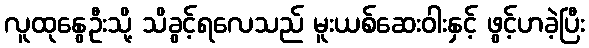
လူထုနွေဦးသို့ သိခွင့်ရလေသည် မူးယစ်ဆေးဝါးနှင့် ဖွင့်ဟခဲ့ပြီး